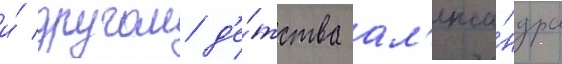
и́ другом д'е́тства ал'екса́ндра